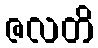
ဇလတိ